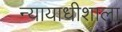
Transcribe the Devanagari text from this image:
न्यायाधीशाला